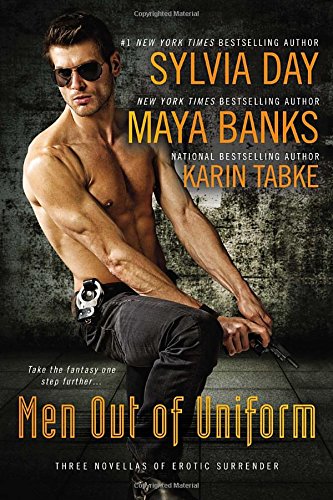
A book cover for Men Out of Uniform: Three Novellas of Erotic Surrender; Sylvia Day; Romance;